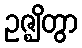
ဥဇ္ဈိတွာ